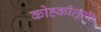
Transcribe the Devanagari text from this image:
कोह्कीलूयेह